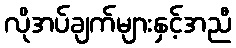
လိုအပ်ချက်များနှင့်အညီ